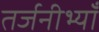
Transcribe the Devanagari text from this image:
तर्जनीभ्याँ